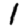
Digit: 1